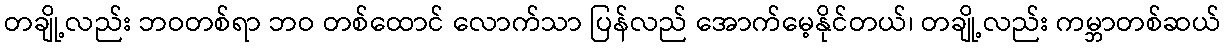
တချို့လည်း ဘဝတစ်ရာ ဘဝ တစ်ထောင် လောက်သာ ပြန်လည် အောက်မေ့နိုင်တယ်၊ တချို့လည်း ကမ္ဘာတစ်ဆယ်